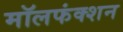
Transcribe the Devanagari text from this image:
मॉलफंक्शन